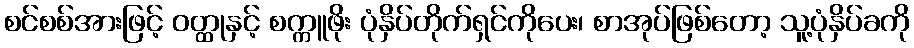
စင်စစ်အားဖြင့် ဝတ္ထုနှင့် စက္ကူဖိုး ပုံနှိပ်တိုက်ရှင်ကိုပေး၊ စာအုပ်ဖြစ်တော့ သူ့ပုံနှိပ်ခကို